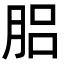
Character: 𦛗